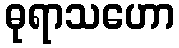
ဓုရာသဟော